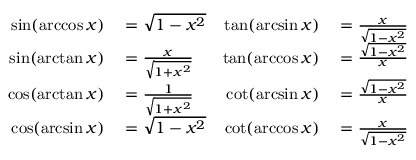
\begin{array} { r l r l } { \sin ( \operatorname { a r c c o s } x ) } & { { } = { \sqrt { 1 - x ^ { 2 } } } } & { \tan ( \arcsin x ) } & { { } = { \frac { x } { \sqrt { 1 - x ^ { 2 } } } } } \\ { \sin ( \arctan x ) } & { { } = { \frac { x } { \sqrt { 1 + x ^ { 2 } } } } } & { \tan ( \operatorname { a r c c o s } x ) } & { { } = { \frac { \sqrt { 1 - x ^ { 2 } } } { x } } } \\ { \cos ( \arctan x ) } & { { } = { \frac { 1 } { \sqrt { 1 + x ^ { 2 } } } } } & { \cot ( \arcsin x ) } & { { } = { \frac { \sqrt { 1 - x ^ { 2 } } } { x } } } \\ { \cos ( \arcsin x ) } & { { } = { \sqrt { 1 - x ^ { 2 } } } } & { \cot ( \operatorname { a r c c o s } x ) } & { { } = { \frac { x } { \sqrt { 1 - x ^ { 2 } } } } } \end{array}